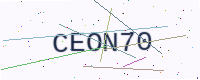
Text: CEON70